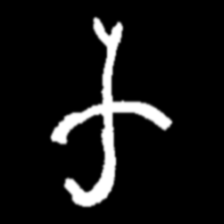
Pyu character \u2014 Myanmar letter: က (romanized: ka)